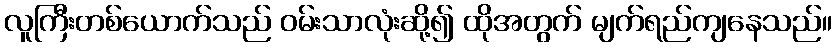
လူကြီးတစ်ယောက်သည် ဝမ်းသာလုံးဆို့၍ ထိုအတွက် မျက်ရည်ကျနေသည်။